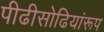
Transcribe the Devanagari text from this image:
पीढीसोढियांरूप